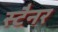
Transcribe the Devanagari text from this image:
स्टैनर